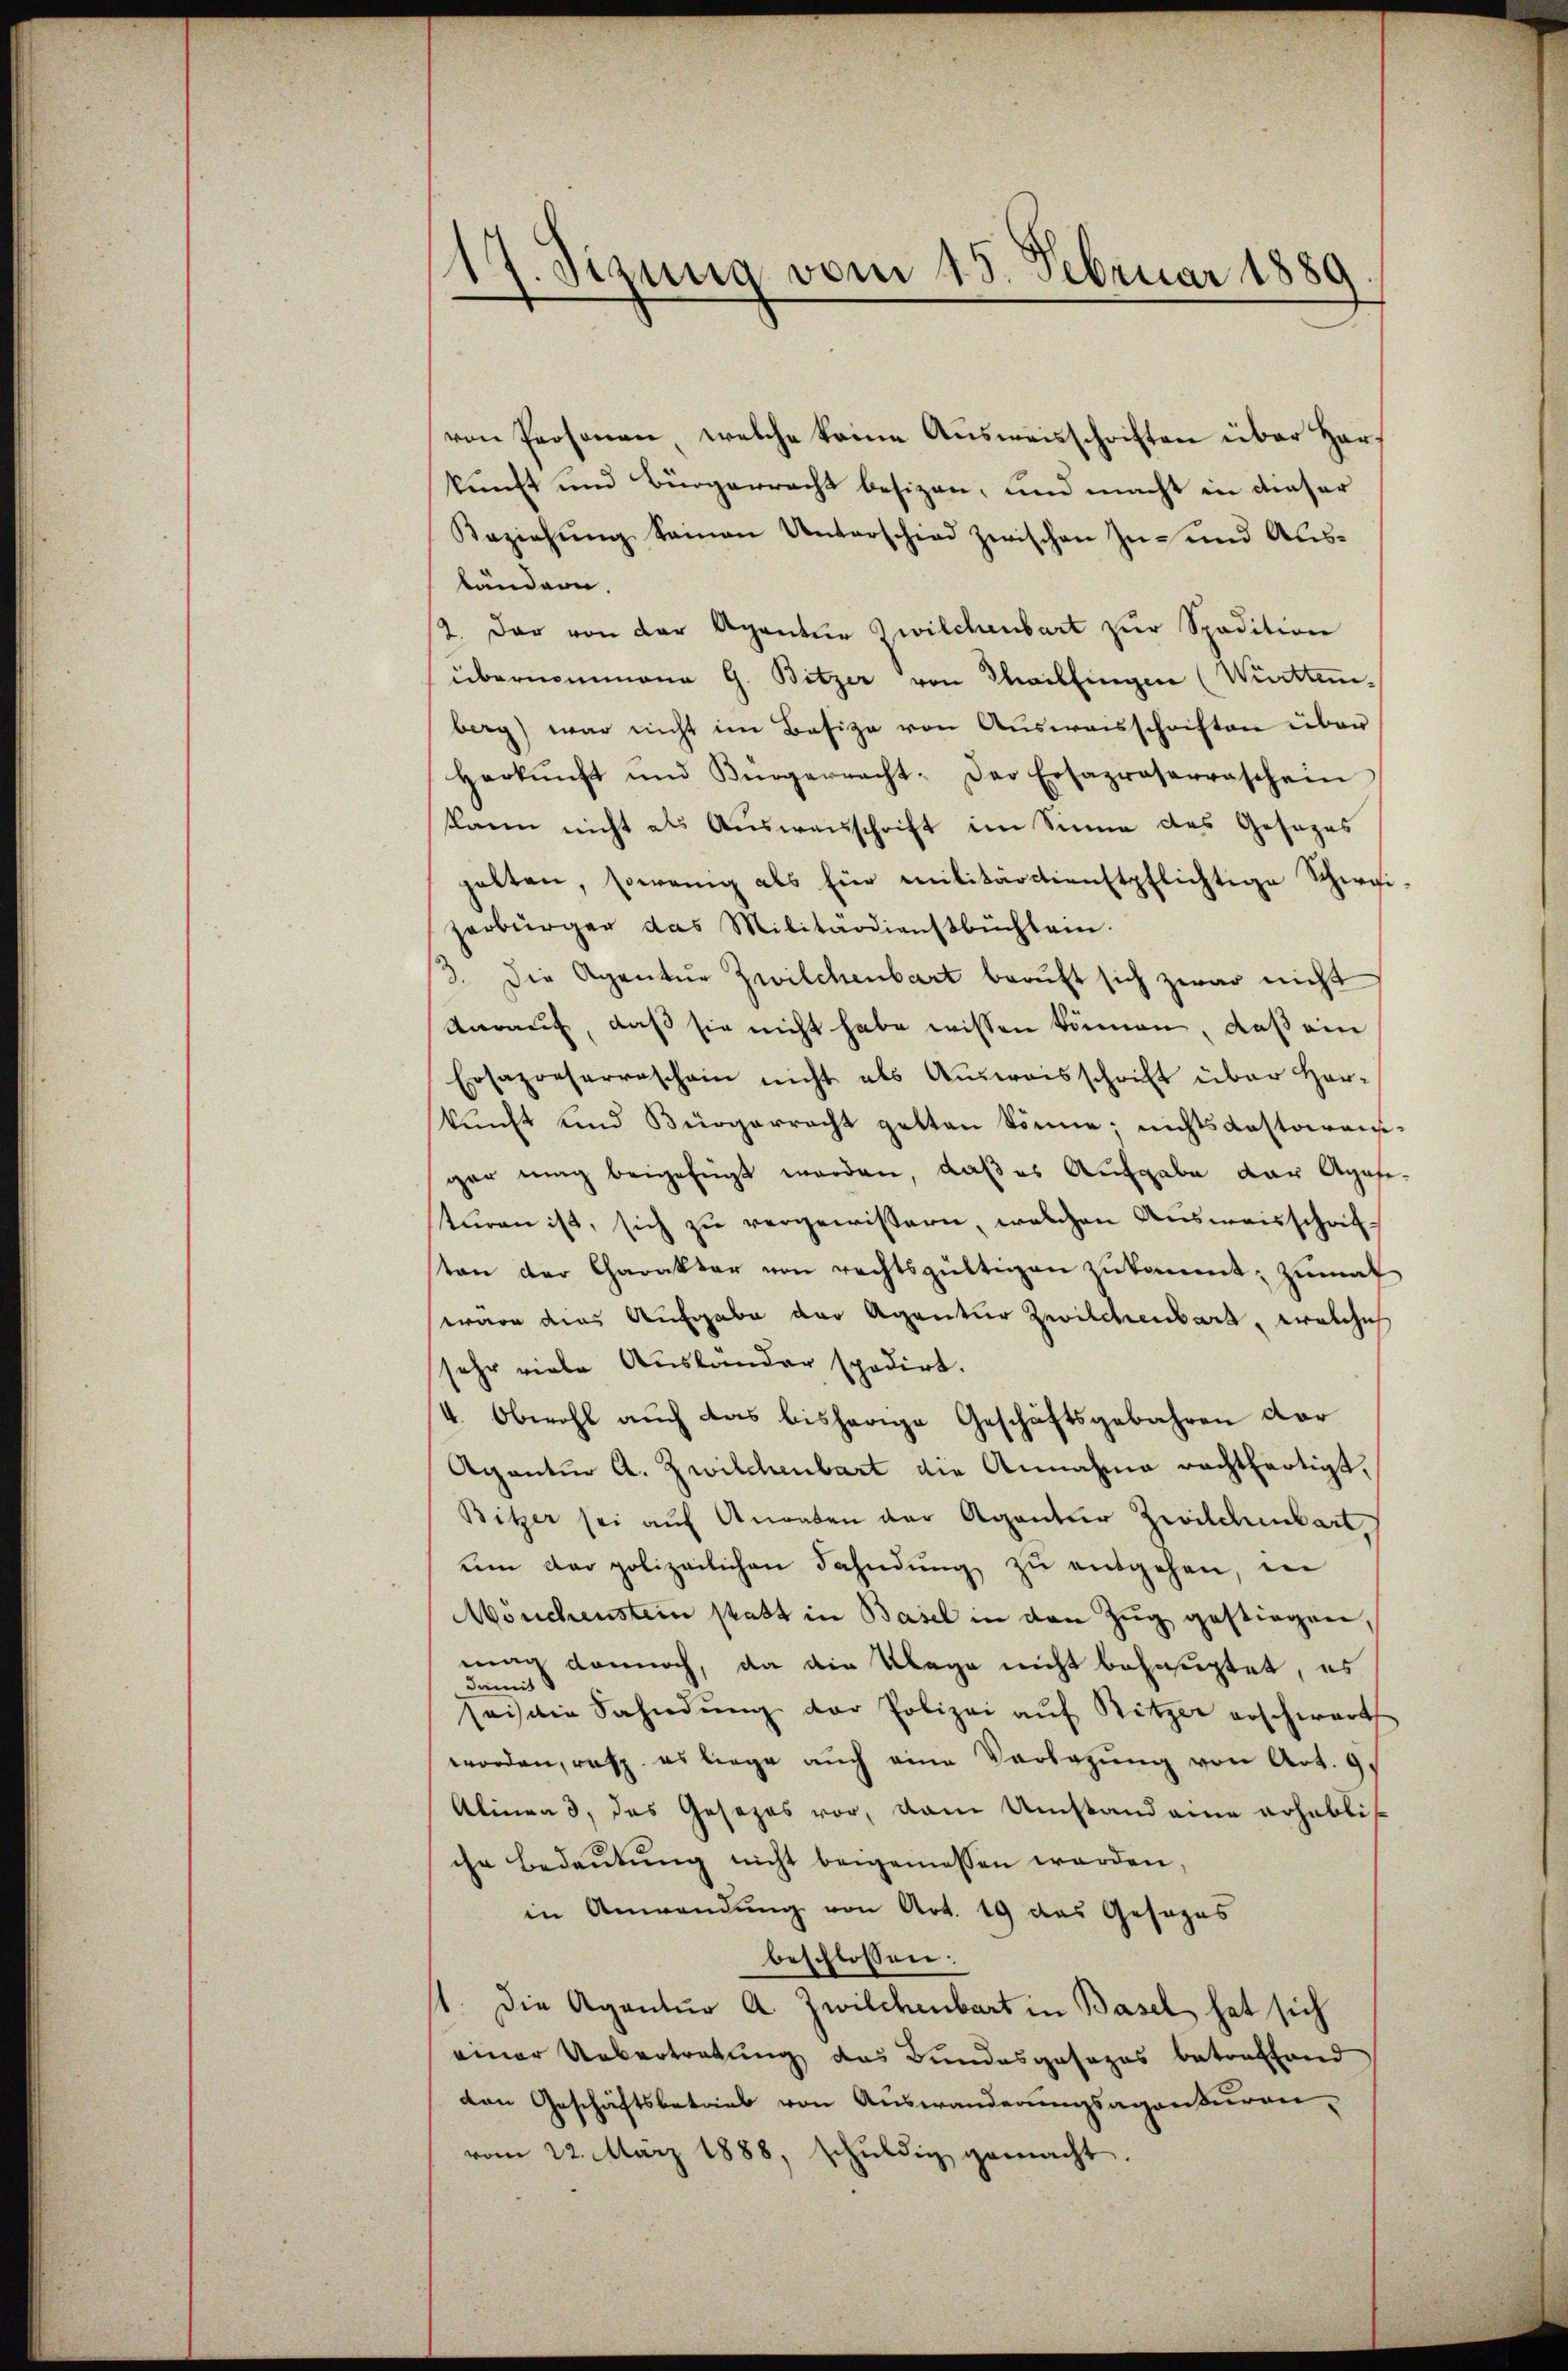
17. Sizung vom 15. Februar 1889

von Personen, welche keine Ausweisschriften über Herkunft und Bürgerracht besizen, und macht in dieser
Beziehŭng keinen Unterschied zwischen Zu- und Ausbändern.
2. Der von der Agentur Zwilchenbart zur Spedition
übernommene G. Bitzer von Thaillingen (Württemberg) war nicht im Basize von Ausweisschriften über
Herkŭnft und Bürgerracht: Der Ersapraserraschein
kann nicht als Ausweisschrift im Sinne des Gesezes
halten, sowenig als Ein militärdienstpflichtige Schirgi-
zerbürger das Militärdienstbüchlein.
3. Die Agentur Zwilchenbart beruft sich zwar nicht
darauf, daß sie nicht habe wissen können, daß ein
Ersapreserraschein nicht als Aŭsweisschrift über Her-
kunft und Bürgerracht gelten könne; nichts anstoransgar mag beigefügt worden, daß es Aufgabe der Apositŭren ist, sich zu vergewissern, welchen Ausweisschrifsten der Charakter von rechtsgültigen zukommt; zumal
wäre dies Aufgabe der Agentur Zwilchenbart, welchich
sehr viele Ausländer spedirt.
V. Obwohl auch das bisherige Geschäftsgebahren dar
Agentur A. Zwilchenbart die Annahme rechtfertigt,
Bitzer sei aŭf Anraten der Aganter Zwilchenbart
um der polizeilichen Fahndŭng zŭ entgehen, in
Mönchenstein statt in Basel in den Zug gestiegen,
mag dannoch, da die Klage nicht behauptet, es
damit
seis die Fahndŭng der Polizei aŭf Ritzer erschwart
worden, resp. es liege auch eine Verlegung von Art. 9,
Alinea 3, das Gesezes vor, dann Umstand eine erhablis
che Bedeutung nicht beigemessen werden,
in Anwendung von Art. 19 das Gesezes
beschlossen:
1. Die Agentur A. Zwilchenbart in Basel hat sich
einer Uebertretung das Bundesgesezes betreffend
den Geschäftsbetrieb von Auswanderungsagensuranvom 22. März 1888, schŭldig gemacht.